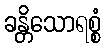
ခန္တိသောရစ္စံ